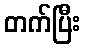
တက်ပြီး